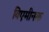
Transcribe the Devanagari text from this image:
विएमीनक